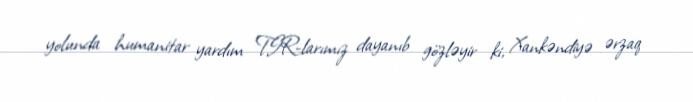
yolunda humanitar yardım TIR-larımız dayanıb gözləyir ki, Xankəndiyə ərzaq